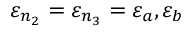
\varepsilon _ { n _ { 2 } } = \varepsilon _ { n _ { 3 } } = \varepsilon _ { a } , \varepsilon _ { b }